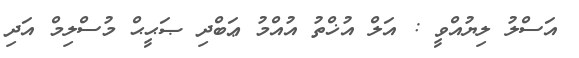
އަސްލު ލިޔުއްވީ : އަލް އުޚްތު އުއްމު ޢަބްދި ޞަޙީޙް މުސްލިމް އަދި